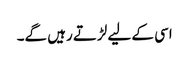
اسی کے لیے لڑتے رہیں گے۔